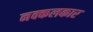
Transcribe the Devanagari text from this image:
नक्कलकार